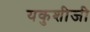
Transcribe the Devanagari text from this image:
यकुशीजी